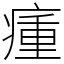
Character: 瘇